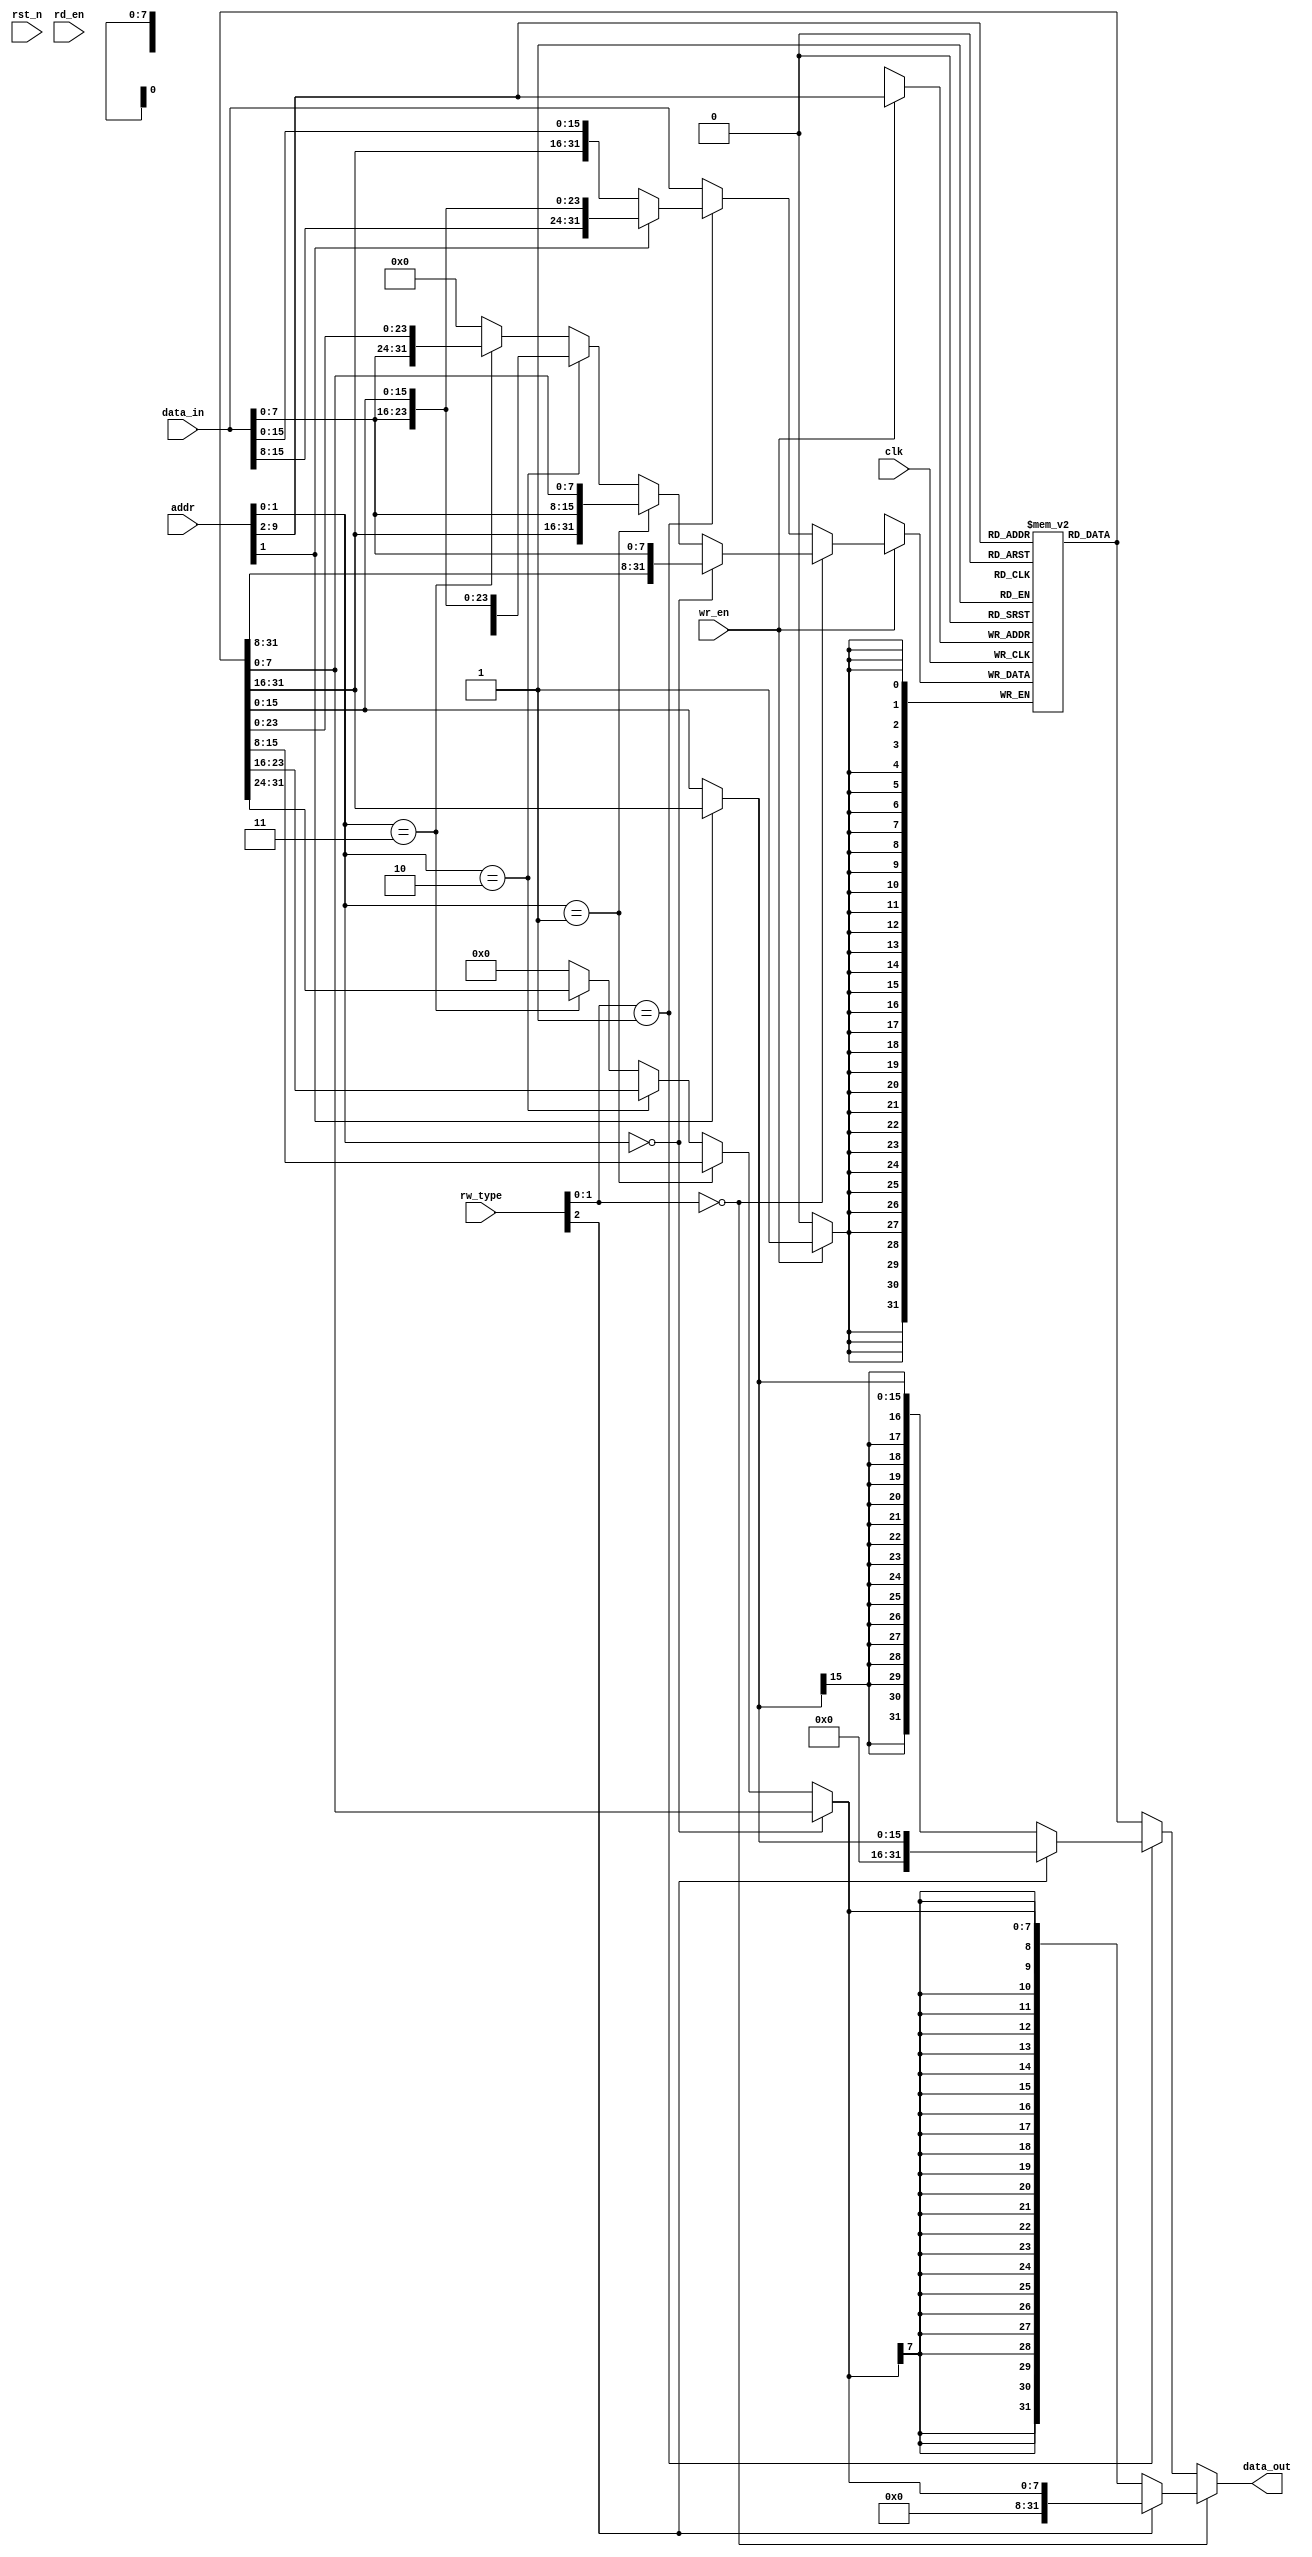
`timescale 1ns / 1ps
//////////////////////////////////////////////////////////////////////////////////
// Company:
// Engineer:
//
// Design Name:
// Module Name: data_memory
// Project Name:
// Target Devices:
// Tool Versions:
// Description:
//
// Dependencies:
//
// Revision:
// Revision 0.01 - File Created
// Additional Comments:
//
//////////////////////////////////////////////////////////////////////////////////


module data_memory(
    input clk,
    input rst_n,
    input wr_en,
    input rd_en,
    input [31:0] addr,
    input [2:0] rw_type,
    input [31:0] data_in,
    output [31:0] data_out
  );
  reg [31:0] ram[255:0];
  wire [31:0] rd_data;
  wire [31:0] wr_data_byte;
  wire [31:0] wr_data_nibble;
  wire [31:0] wr_data;
  assign rd_data = ram[addr[31:2]];
  assign wr_data_byte = (addr[1:0] == 2'b00) ? {rd_data[31:8], data_in[7:0]} :
         (addr[1:0] == 2'b01) ? {rd_data[31:16], data_in[7:0], rd_data[7:0]} :
         (addr[1:0] == 2'b10) ? {rd_data[31:24], data_in[7:0], rd_data[15:0]} :
         (addr[1:0] == 2'b11) ? {data_in[7:0], rd_data[23:0]} :
         {32{1'b0}};
  assign wr_data_nibble = (addr[1]) ? {data_in[15:0], rd_data[15:0]} : {rd_data[31:16], data_in[15:0]};
  assign wr_data = (rw_type[1:0] == 2'b00) ? wr_data_byte :
         ((rw_type[1:0] == 2'b01) ? wr_data_nibble : data_in);
  always @(posedge clk)
  begin
    if (wr_en)
      ram[addr[9:2]] <= wr_data;
  end
  wire [7:0] rd_data_byte;
  wire [15:0] rd_data_nibble;
  wire [31:0] rd_data_byte_ext;
  wire [31:0] rd_data_nibble_ext;
  assign rd_data_byte = (addr[1:0] == 2'b00) ? rd_data[7:0] :
         (addr[1:0] == 2'b01) ? rd_data[15:8] :
         (addr[1:0] == 2'b10) ? rd_data[23:16] :
         (addr[1:0] == 2'b11) ? rd_data[31:24] :
         {8{1'b0}};
  assign rd_data_nibble = (addr[1]) ? rd_data[31:16] : rd_data[15:0];
  assign rd_data_byte_ext = (rw_type[2]) ? {24'd0, rd_data_byte} : {{24{rd_data_byte[7]}}, rd_data_byte};
  assign rd_data_nibble_ext = (rw_type[2]) ? {16'd0, rd_data_nibble} : {{16{rd_data_nibble[15]}}, rd_data_nibble};
  assign data_out = (rw_type[1:0] == 2'b00) ? rd_data_byte_ext :
         ((rw_type[1:0] == 2'b01) ? rd_data_nibble_ext : rd_data);
endmodule